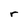
Character: r